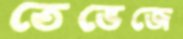
তেভেজে